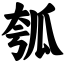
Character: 瓠